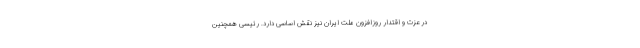
در عزت و اقتدار روزافزون ملت ایران نیز نقش اساسی دارد. رئیسی همچنین